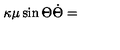
\kappa \mu \sin \Theta \dot { \Theta } =